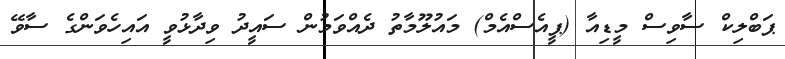
ޕަބްލިކް ސާވިސް މީޑިއާ (ޕީއެސްއެމް) މައުލޫމާތު ދެއްވަމުން ސައީދު ވިދާޅުވީ އައިހެވަންގެ ސާވޭ